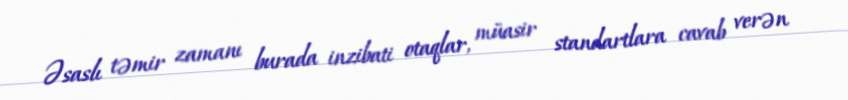
Əsaslı təmir zamanı burada inzibati otaqlar, müasir standartlara cavab verən